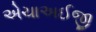
એચાઅઈજી